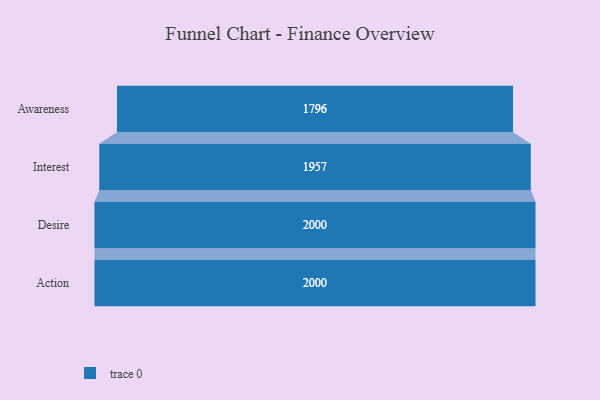
{"axis": {"x": "Stage", "y": "Value"}, "legend": [""], "data": [{"x": "Awareness", "y": 1796.0, "type": ""}, {"x": "Interest", "y": 1957.0, "type": ""}, {"x": "Desire", "y": 2000, "type": ""}, {"x": "Action", "y": 2000, "type": ""}]}